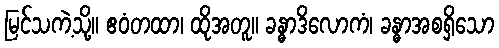
မြင်သကဲ့သို့။ ဧဝံတထာ၊ ထိုအတူ။ ခန္ဓာဒိလောကံ၊ ခန္ဓာအစရှိသော